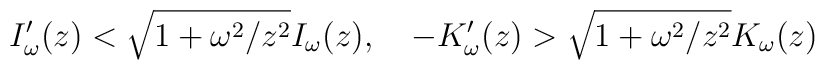
I'_{\omega }(z)<\sqrt{1+\omega ^{2}/z^2}I_{\omega }(z),  \quad -K'_{\omega }(z)>\sqrt{1+\omega ^{2}/z^2}K_{\omega }(z)